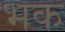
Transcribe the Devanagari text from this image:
भक